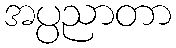
အပ္ပညာတာ